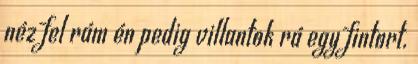
néz fel rám én pedig villantok rá egy fintort.